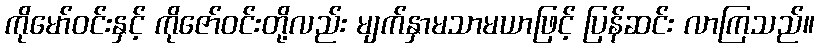
ကိုမော်ဝင်းနှင့် ကိုဇော်ဝင်းတို့လည်း မျက်နှာမသာမယာဖြင့် ပြန်ဆင်း လာကြသည်။